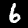
Digit: 6